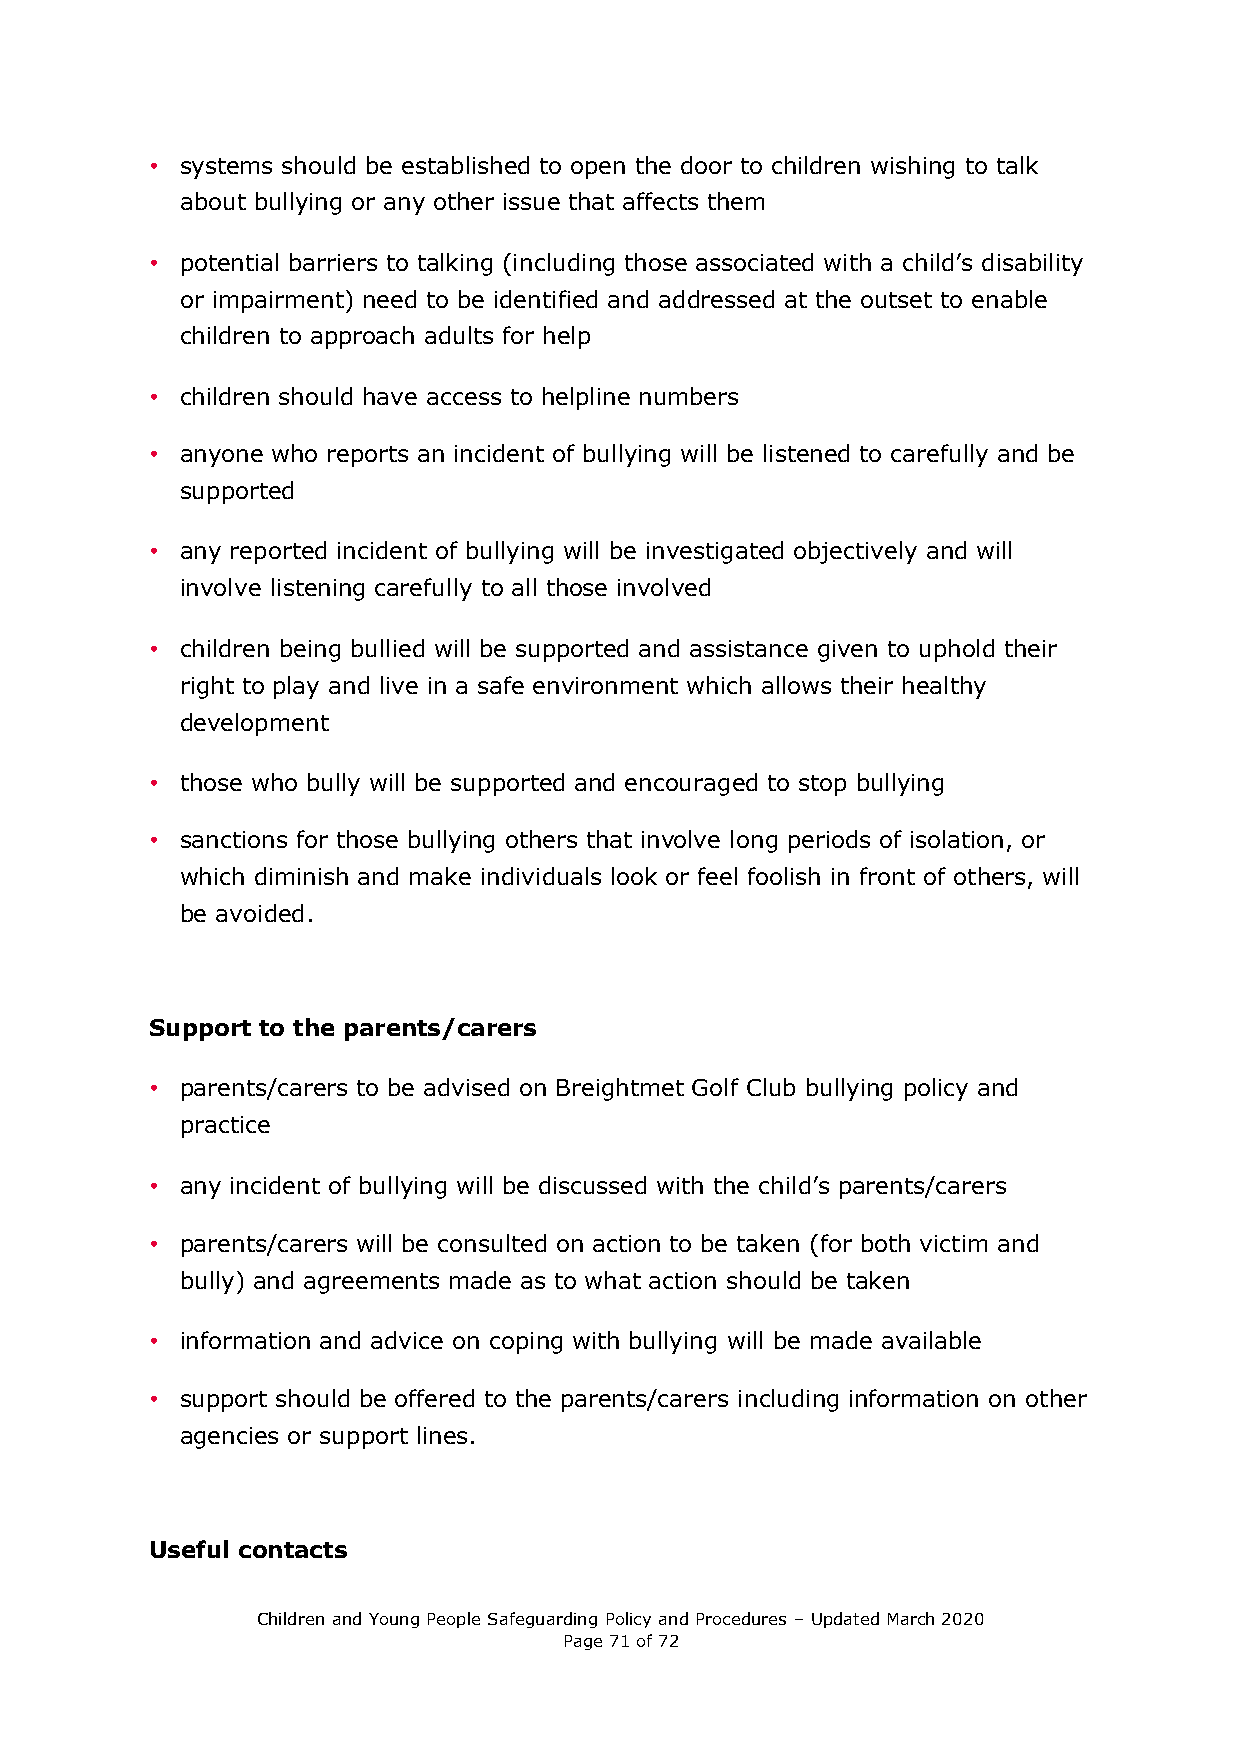
• systems should be established to open the door to children wishing to talk
 about bullying or any other issue that affects them
 • potential barriers to talking (including those associated with a child’s disability
 or impairment) need to be identified and addressed at the outset to enable
 children to approach adults for help
 • children should have access to helpline numbers
 • anyone who reports an incident of bullying will be listened to carefully and be
 supported
 • any reported incident of bullying will be investigated objectively and will
 involve listening carefully to all those involved
 • children being bullied will be supported and assistance given to uphold their
 right to play and live in a safe environment which allows their healthy
 development
 • those who bully will be supported and encouraged to stop bullying
 • sanctions for those bullying others that involve long periods of isolation, or
 which diminish and make individuals look or feel foolish in front of others, will
 be avoided.
 Support to the parents/carers
 • parents/carers to be advised on Breightmet Golf Club bullying policy and
 practice
 • any incident of bullying will be discussed with the child’s parents/carers
 • parents/carers will be consulted on action to be taken (for both victim and
 bully) and agreements made as to what action should be taken
 • information and advice on coping with bullying will be made available
 • support should be offered to the parents/carers including information on other
 agencies or support lines.
 Useful contacts
 Children and Young People Safeguarding Policy and Procedures – Updated March 2020
 Page 71 of 72